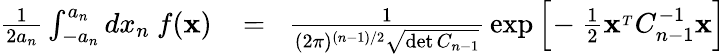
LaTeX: \begin{array}{rlr}{{\frac{1}{2a_{n}}}\int_{-a_{n}}^{a_{n}}dx_{n}\ f({\mathbf x})}&{{}\! =\! }&{{\frac{1}{(2\pi)^{(n-1)/2}\sqrt{\operatorname*{det}C_{n-1}}}}\exp\Big[\! -{\frac{1}{2}}{\mathbf x}^{_T}C_{n-1}^{-1}{\mathbf x}\Big]}\end{array}